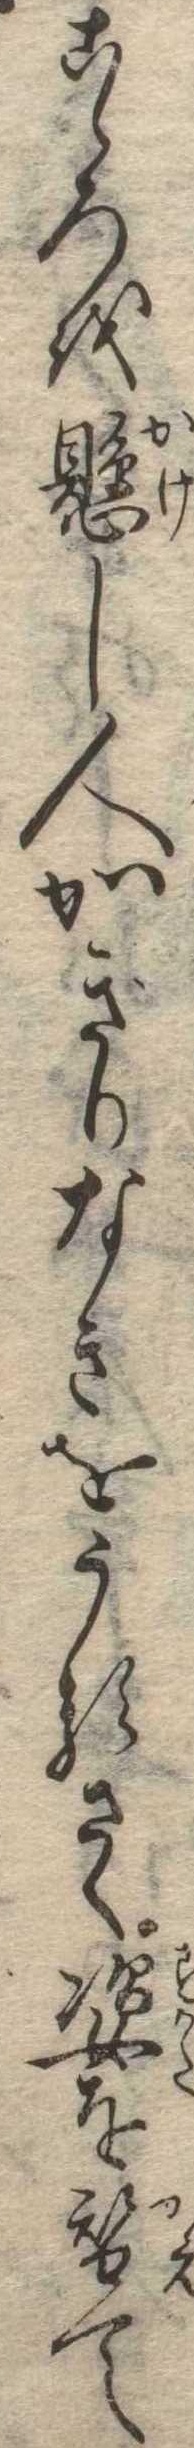
こゝろを懸し人かぎりなきをうるさく姿を替て